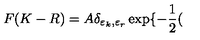
F ( K - R ) = A \delta _ { \varepsilon _ { k } , \varepsilon _ { r } } \exp \{ - { \frac { 1 } { 2 } } (